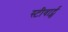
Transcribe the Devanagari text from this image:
स्टीवार्ट्स